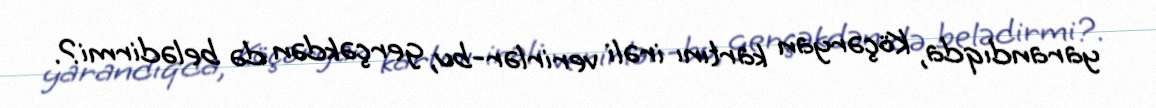
yarandıqda, Köçəryan kartını irəli verirlər-bu, gerçəkdən də belədirmi?.